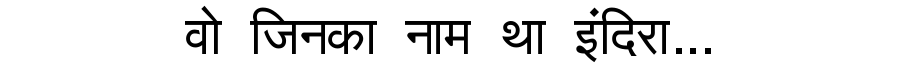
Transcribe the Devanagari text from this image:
वो जिनका नाम था इंदिरा...